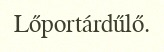
Lőportárdűlő.